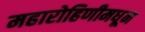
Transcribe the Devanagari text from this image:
महारोहिणीमधून